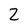
Character: Z